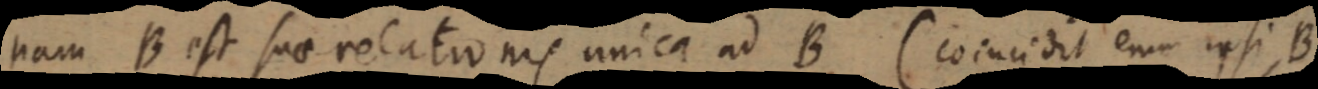
nam B est suae relationis unica ad B (coincidit enim ipsi B